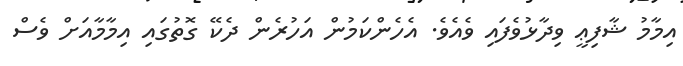
އިމާމު ޝާފިޢީ ވިދާޅުވެފައި ވެއެވެ. އެހެންކަމުން އަހުރެން ދެކޭ ގޮތުގައި އިމާމާއަށް ވެސް